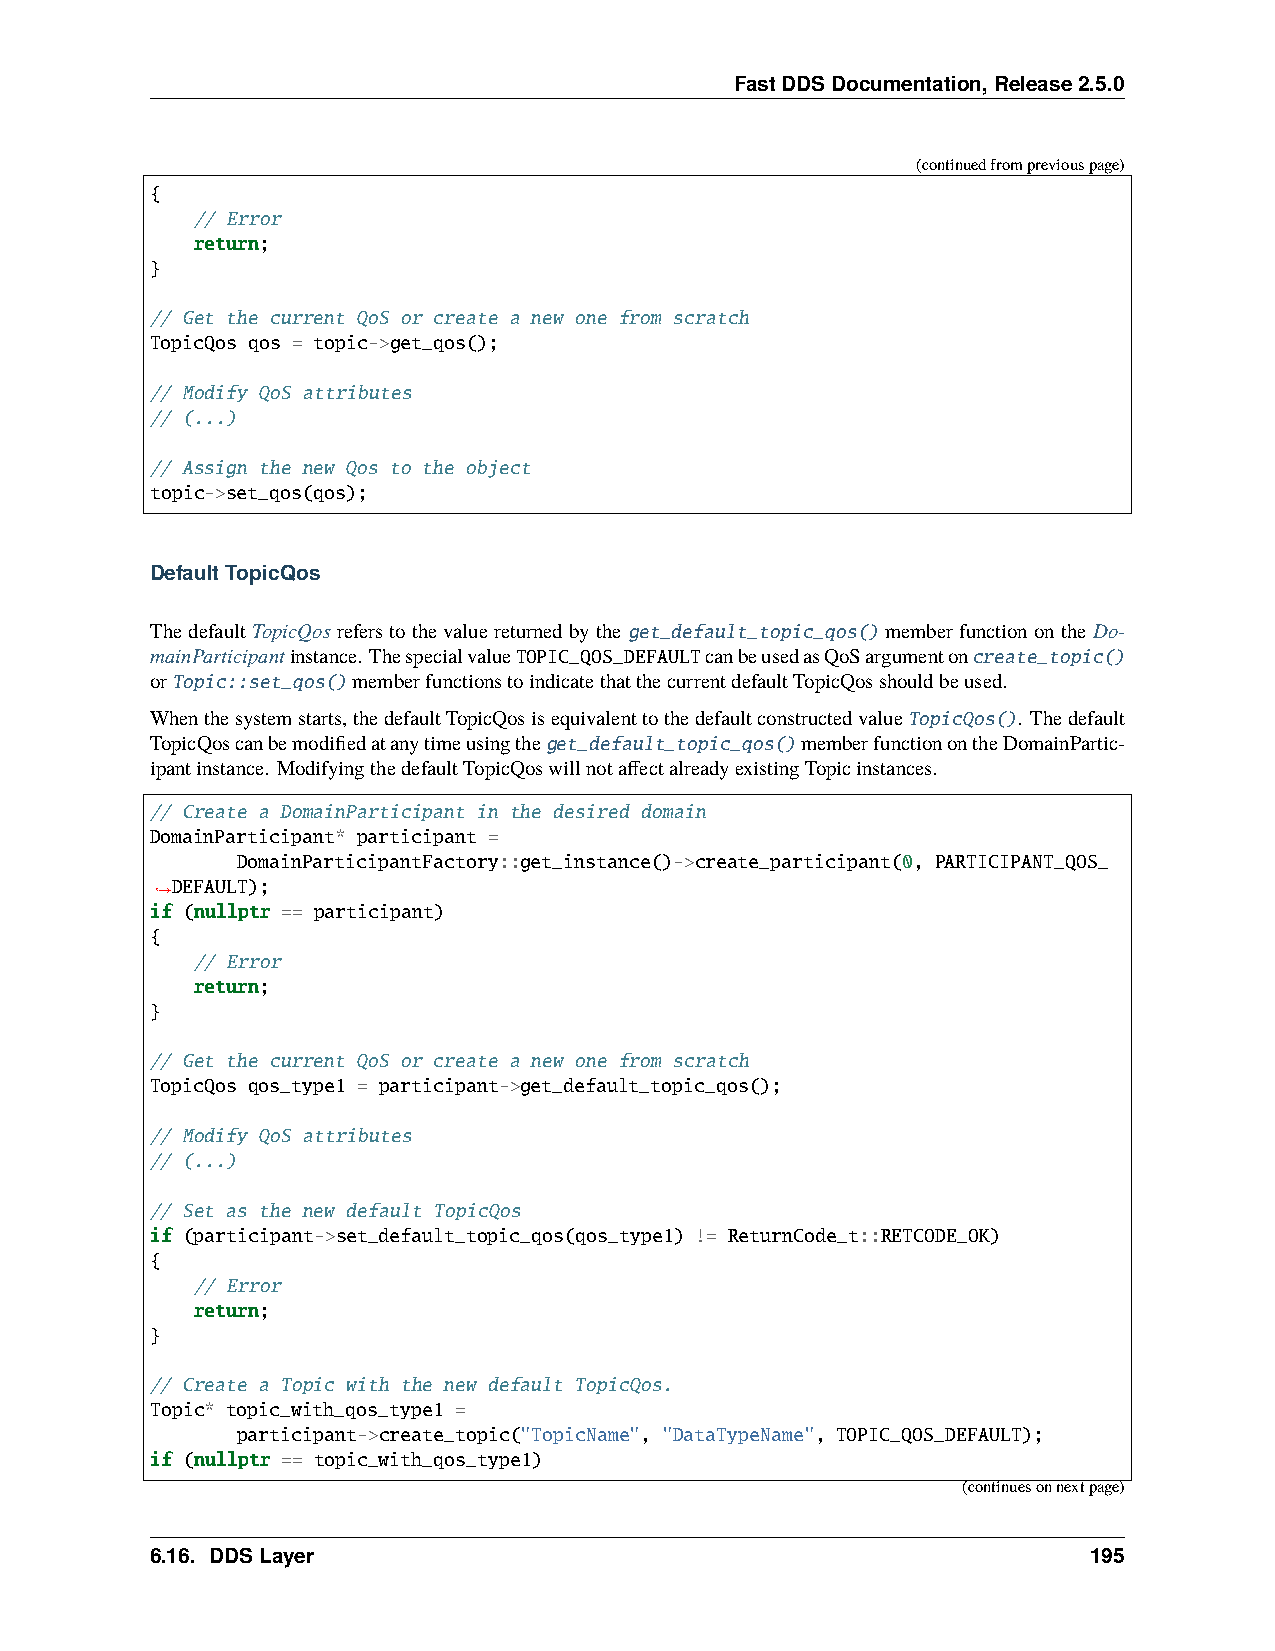
FastDDSDocumentation,Release2.5.0
 (continuedfrompreviouspage)
 {
 // Error
 return;
 }
 // Get the current QoS or create a new one from scratch
 TopicQos qos = topic->get_qos();
 // Modify QoS attributes
 // (...)
 // Assign the new Qos to the object
 topic->set_qos(qos);
 DefaultTopicQos
 ThedefaultTopicQos referstothevaluereturnedbytheget_default_topic_qos()memberfunctionontheDo-
 mainParticipantinstance. ThespecialvalueTOPIC_QOS_DEFAULTcanbeusedasQoSargumentoncreate_topic()
 orTopic::set_qos()memberfunctionstoindicatethatthecurrentdefaultTopicQosshouldbeused.
 Whenthesystemstarts,thedefaultTopicQosisequivalenttothedefaultconstructedvalueTopicQos(). Thedefault
 TopicQoscanbemodifiedatanytimeusingtheget_default_topic_qos()memberfunctionontheDomainPartic-
 ipantinstance. ModifyingthedefaultTopicQoswillnotaffectalreadyexistingTopicinstances.
 // Create a DomainParticipant in the desired domain
 DomainParticipant* participant =
 DomainParticipantFactory::get_instance()->create_participant(0, PARTICIPANT_QOS_
 DEFAULT);
 ˓→
 if (nullptr == participant)
 {
 // Error
 return;
 }
 // Get the current QoS or create a new one from scratch
 TopicQos qos_type1 = participant->get_default_topic_qos();
 // Modify QoS attributes
 // (...)
 // Set as the new default TopicQos
 if (participant->set_default_topic_qos(qos_type1) != ReturnCode_t::RETCODE_OK)
 {
 // Error
 return;
 }
 // Create a Topic with the new default TopicQos.
 Topic* topic_with_qos_type1 =
 participant->create_topic("TopicName", "DataTypeName", TOPIC_QOS_DEFAULT);
 if (nullptr == topic_with_qos_type1)
 (continuesonnextpage)
 6.16. DDSLayer                                                195